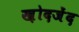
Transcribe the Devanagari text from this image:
ख़ोदजेंद